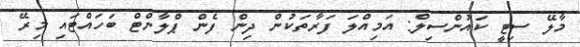
މާލޭ ސިޓީ ކައުންސިލް: އަމިއްލަ ފަރާތަކުން ދިން ފެން ޕްލާންޓް ބަހައްޓައި މިރޭ